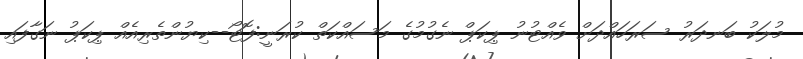
މުލަކު ބަނދަރު ސަރަހައްދަށް ވެއްޓުނު ޕިކަޕް ނެގުމުގެ މަސައްކަތް ކުރަނީ:ފޮޓޯ--ކިޔުންތެރިއެއް ޕިކަޕު ނަގާފައި